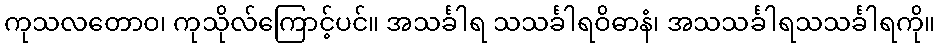
ကုသလတောဝ၊ ကုသိုလ်ကြောင့်ပင်။ အသင်္ခါရ သသင်္ခါရဝိဓာနံ၊ အသသင်္ခါရသသင်္ခါရကို။